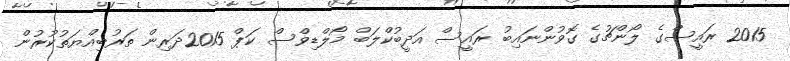
2015 ރައީސްގެ ލޯންޗުގެ ގޮވުންނައިބު ރައީސް އަދީބުކްލަބް މޯލްޑިވްސް ކަޕް 2015ދަރިން ތަރުބިއްޔަތުކުރުން